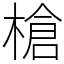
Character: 槍